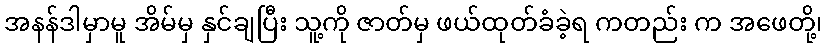
အနန်ဒါမှာမူ အိမ်မှ နှင်ချပြီး သူ့ကို ဇာတ်မှ ဖယ်ထုတ်ခံခဲ့ရ ကတည်း က အဖေတို့၊